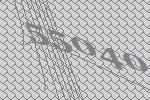
55040